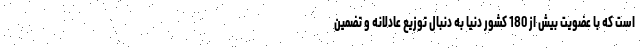
است که با عضویت بیش از 180 کشور دنیا به دنبال توزیع عادلانه و تضمین